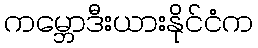
ကမ္ဘောဒီးယားနိုင်ငံက